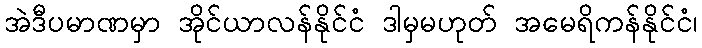
အဲဒီပမာဏမှာ အိုင်ယာလန်နိုင်ငံ ဒါမှမဟုတ် အမေရိကန်နိုင်ငံ၊